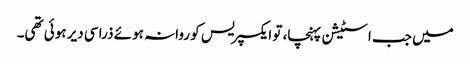
میں جب اسٹیشن پہنچا، تو ایکسپریس کو روانہ ہوئے ذرا سی دیر ہوئی تھی۔